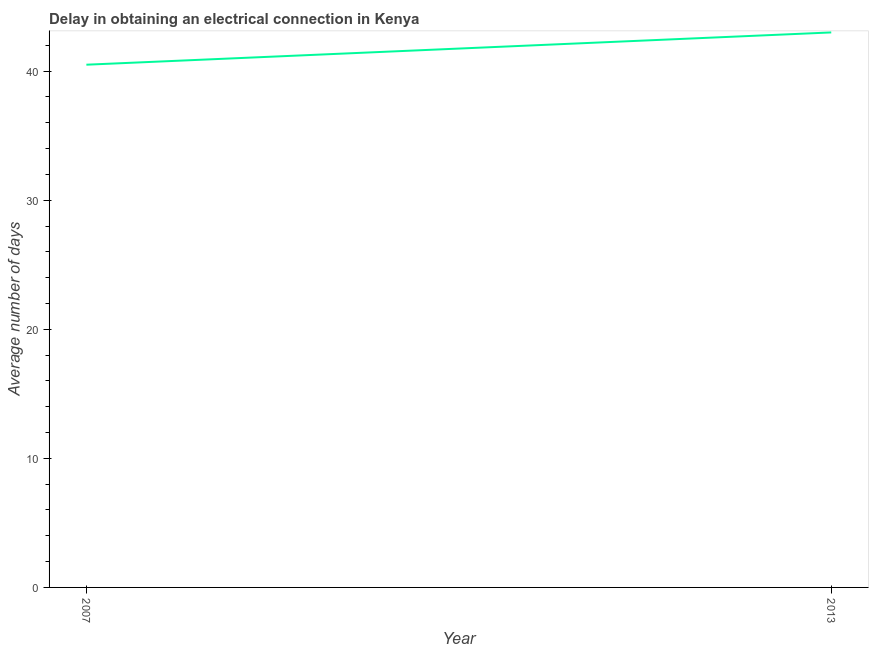
| Year | Dalay in Electrical connection |
 | --- | --- |
 | 2007 | 40.5 |
 | 2013 | 43 |